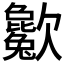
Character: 𣤱